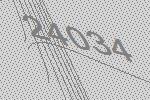
24034